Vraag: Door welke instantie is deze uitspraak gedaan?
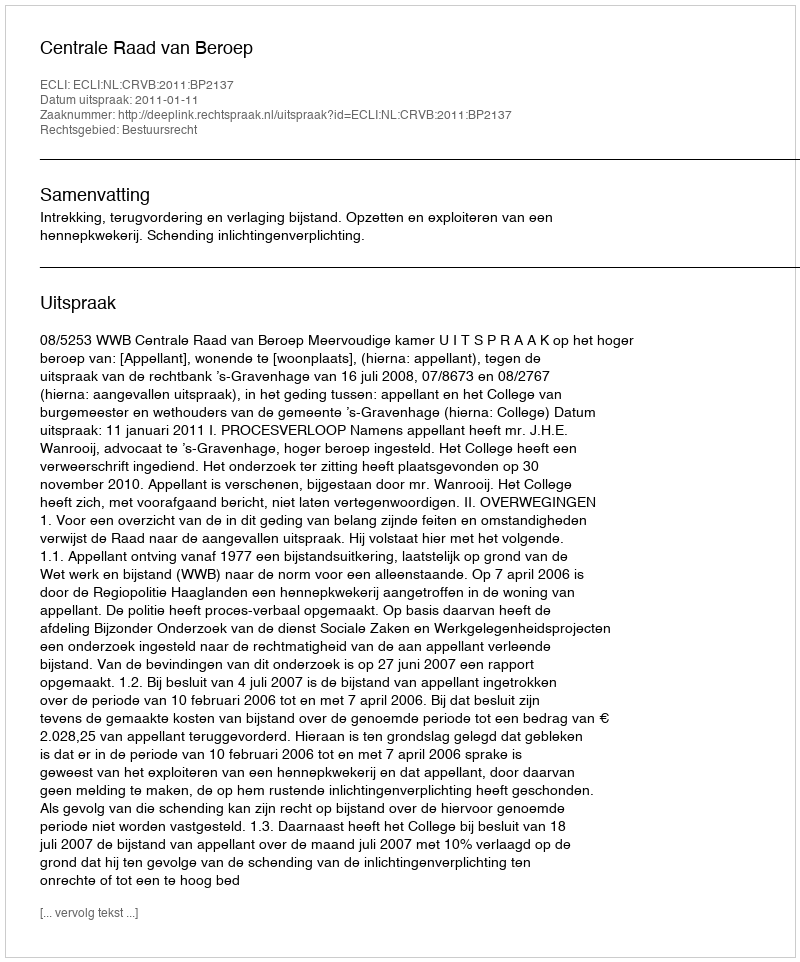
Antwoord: Centrale Raad van Beroep